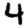
Digit: 4